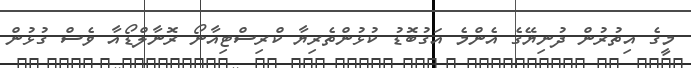
މީގެ އިތުރުން ދުނިޔޭގެ އެންމެ އަގުބޮޑު ކުޅުންތެރިޔާ ކްރިސްޓިއާނޯ ރޮނާލްޑޯއާ ވެސް ގުޅުން